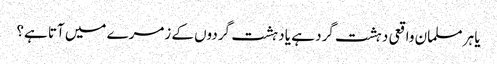
یا ہر مسلمان واقعی دہشت گرد ہے یا دہشت گردوں کے زمرے میں آتا ہے؟